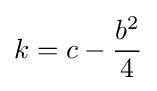
k=c-{\frac {b^{2}}{4}}